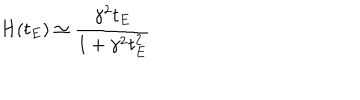
H ( t _ { E } ) \simeq \frac { \gamma ^ { 2 } t _ { E } } { 1 + \gamma ^ { 2 } t _ { E } ^ { 2 } }